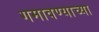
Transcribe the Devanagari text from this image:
गमावण्याच्या